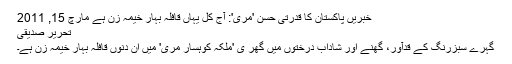
خبریں پاکستان کا قدرتی حسن 'مری': آج کل یہاں قافلہ بہار خیمہ زن ہے مارچ 15, 2011
تحریر صدیقی
گہرے سبزرنگ کے قدآور، گھنے اور شاداب درختوں میں گھر ی 'ملکہ کوہسار مری' میں ان دنوں قافلہ بہار خیمہ زن ہے۔